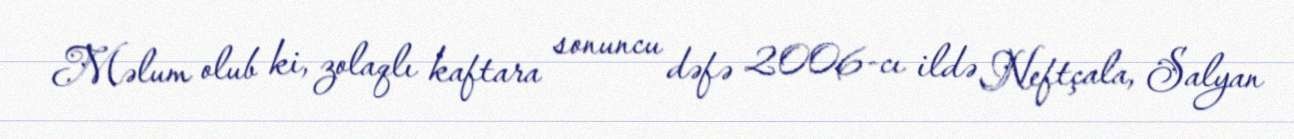
Məlum olub ki, zolaqlı kaftara sonuncu dəfə 2006-cı ildə Neftçala, Salyan